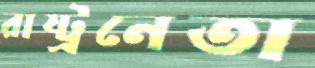
রাষ্ট্রনেতা